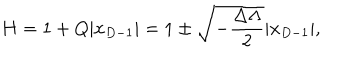
LaTeX: H = 1 + Q | x _ { D - 1 } | = 1 \pm \sqrt { - { \frac { \Delta \Lambda } { 2 } } } | x _ { D - 1 } | ,